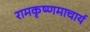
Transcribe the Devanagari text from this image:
रामकृष्णमाचार्य